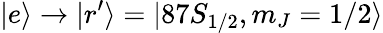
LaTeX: |e\rangle\rightarrow|r^{\prime}\rangle=|87S_{1/2},m_{J}=1/2\rangle